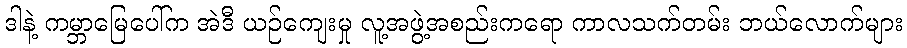
ဒါနဲ့ ကမ္ဘာမြေပေါ်က အဲဒီ ယဉ်ကျေးမှု လူ့အဖွဲ့အစည်းကရော ကာလသက်တမ်း ဘယ်လောက်များ